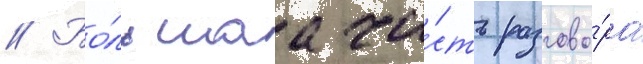
// Бо́льшаа ча́сть разгово́ра